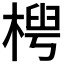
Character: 𬃤